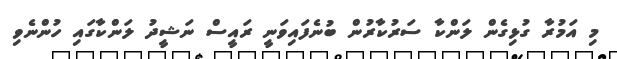
މި އަމުރާ ގުޅިގެން ލަންކާ ސަރުކާރުން ބުނެފައިވަނީ ރައީސް ނަޝީދު ލަންކާގައި ހުންނެވި